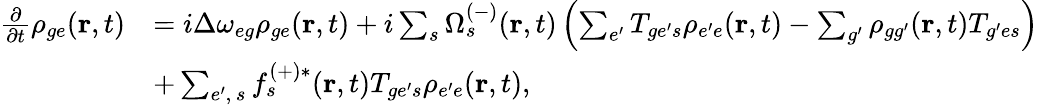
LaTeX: \begin{array}{rl}{\frac{\partial}{\partial t}\rho_{{ge}}(\textbf{r},t)}&{=i\Delta\omega_{{eg}}\rho_{{ge}}(\textbf{r},t)+i\sum_{s}\Omega_{s}^{(-)}(\textbf{r},t)\left(\sum_{e^{\prime}}T_{{ge^{\prime}}s}\rho_{{e^{\prime}e}}(\textbf{r},t)-\sum_{g^{\prime}}\rho_{{gg^{\prime}}}(\textbf{r},t)T_{{g^{\prime}e}s}\right)}\\ &{+\sum_{e^{\prime},\, s}f_{s}^{(+)*}(\textbf{r},t)T_{{ge^{\prime}}s}\rho_{{e^{\prime}e}}(\textbf{r},t),}\end{array}